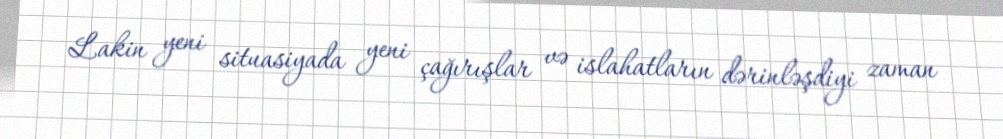
Lakin yeni situasiyada yeni çağırışlar və islahatların dərinləşdiyi zaman